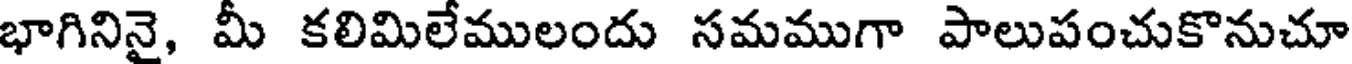
భాగినినై, మీ కలిమిలేములందు సమముగా పాలుపంచుకొనుచూ